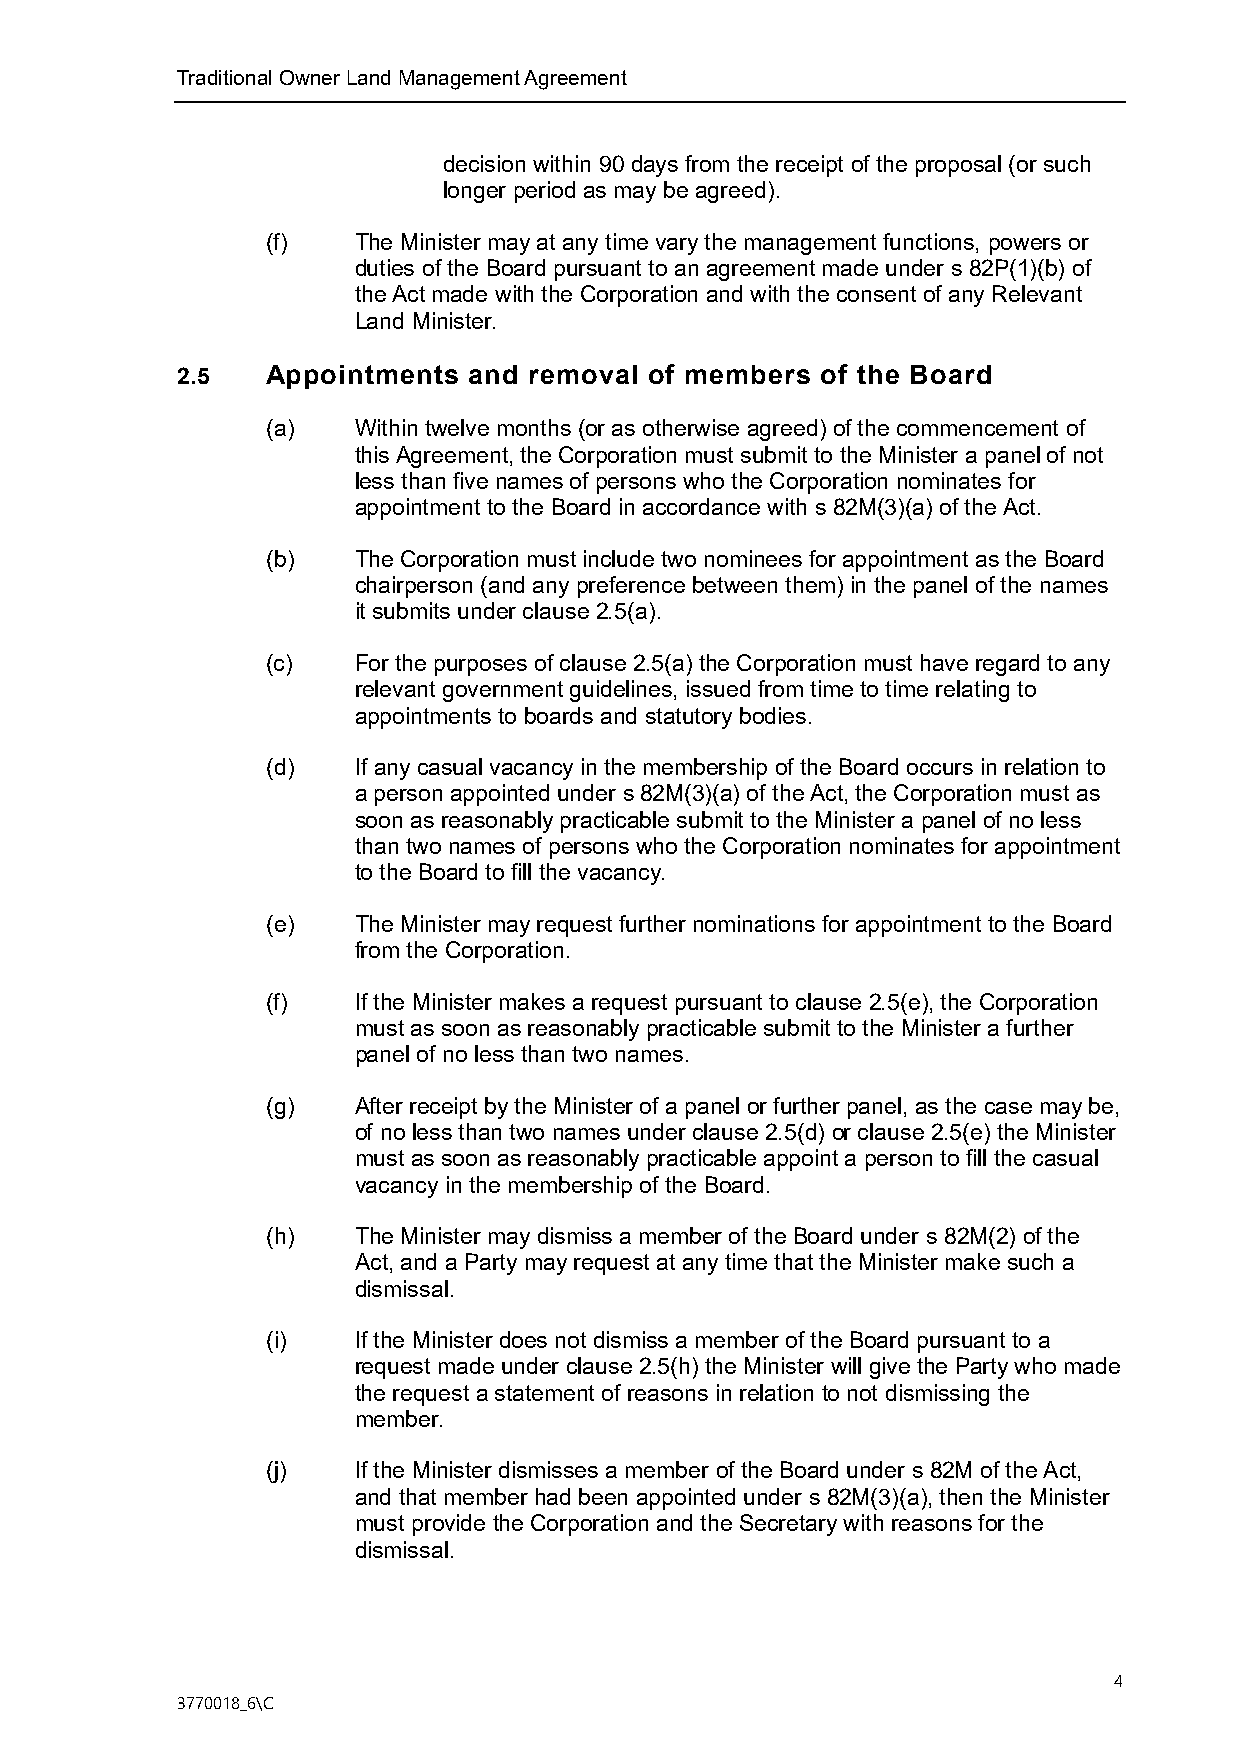
Traditional Owner Land Management Agreement
 decision within 90 days from the receipt of the proposal (or such
 longer period as may be agreed).
 (f)  The Minister may at any time vary the management functions, powers or
 duties of the Board pursuant to an agreement made under s 82P(1)(b) of
 the Act made with the Corporation and with the consent of any Relevant
 Land Minister.
 2.5   Appointments and removal of members of the Board
 (a)  Within twelve months (or as otherwise agreed) of the commencement of
 this Agreement, the Corporation must submit to the Minister a panel of not
 less than five names of persons who the Corporation nominates for
 appointment to the Board in accordance with s 82M(3)(a) of the Act.
 (b)  The Corporation must include two nominees for appointment as the Board
 chairperson (and any preference between them) in the panel of the names
 it submits under clause 2.5(a).
 (c)  For the purposes of clause 2.5(a) the Corporation must have regard to any
 relevant government guidelines, issued from time to time relating to
 appointments to boards and statutory bodies.
 (d)  If any casual vacancy in the membership of the Board occurs in relation to
 a person appointed under s 82M(3)(a) of the Act, the Corporation must as
 soon as reasonably practicable submit to the Minister a panel of no less
 than two names of persons who the Corporation nominates for appointment
 to the Board to fill the vacancy.
 (e)  The Minister may request further nominations for appointment to the Board
 from the Corporation.
 (f)  If the Minister makes a request pursuant to clause 2.5(e), the Corporation
 must as soon as reasonably practicable submit to the Minister a further
 panel of no less than two names.
 (g)  After receipt by the Minister of a panel or further panel, as the case may be,
 of no less than two names under clause 2.5(d) or clause 2.5(e) the Minister
 must as soon as reasonably practicable appoint a person to fill the casual
 vacancy in the membership of the Board.
 (h)  The Minister may dismiss a member of the Board under s 82M(2) of the
 Act, and a Party may request at any time that the Minister make such a
 dismissal.
 (i)  If the Minister does not dismiss a member of the Board pursuant to a
 request made under clause 2.5(h) the Minister will give the Party who made
 the request a statement of reasons in relation to not dismissing the
 member.
 (j)  If the Minister dismisses a member of the Board under s 82M of the Act,
 and that member had been appointed under s 82M(3)(a), then the Minister
 must provide the Corporation and the Secretary with reasons for the
 dismissal.
 4
 3770018_6\C